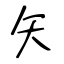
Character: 矢